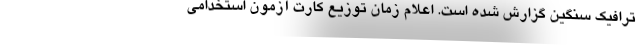
ترافیک سنگین گزارش شده است. اعلام زمان توزیع کارت آزمون استخدامی